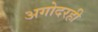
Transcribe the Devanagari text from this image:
अगोदरही